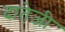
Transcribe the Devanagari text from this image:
दातेजी